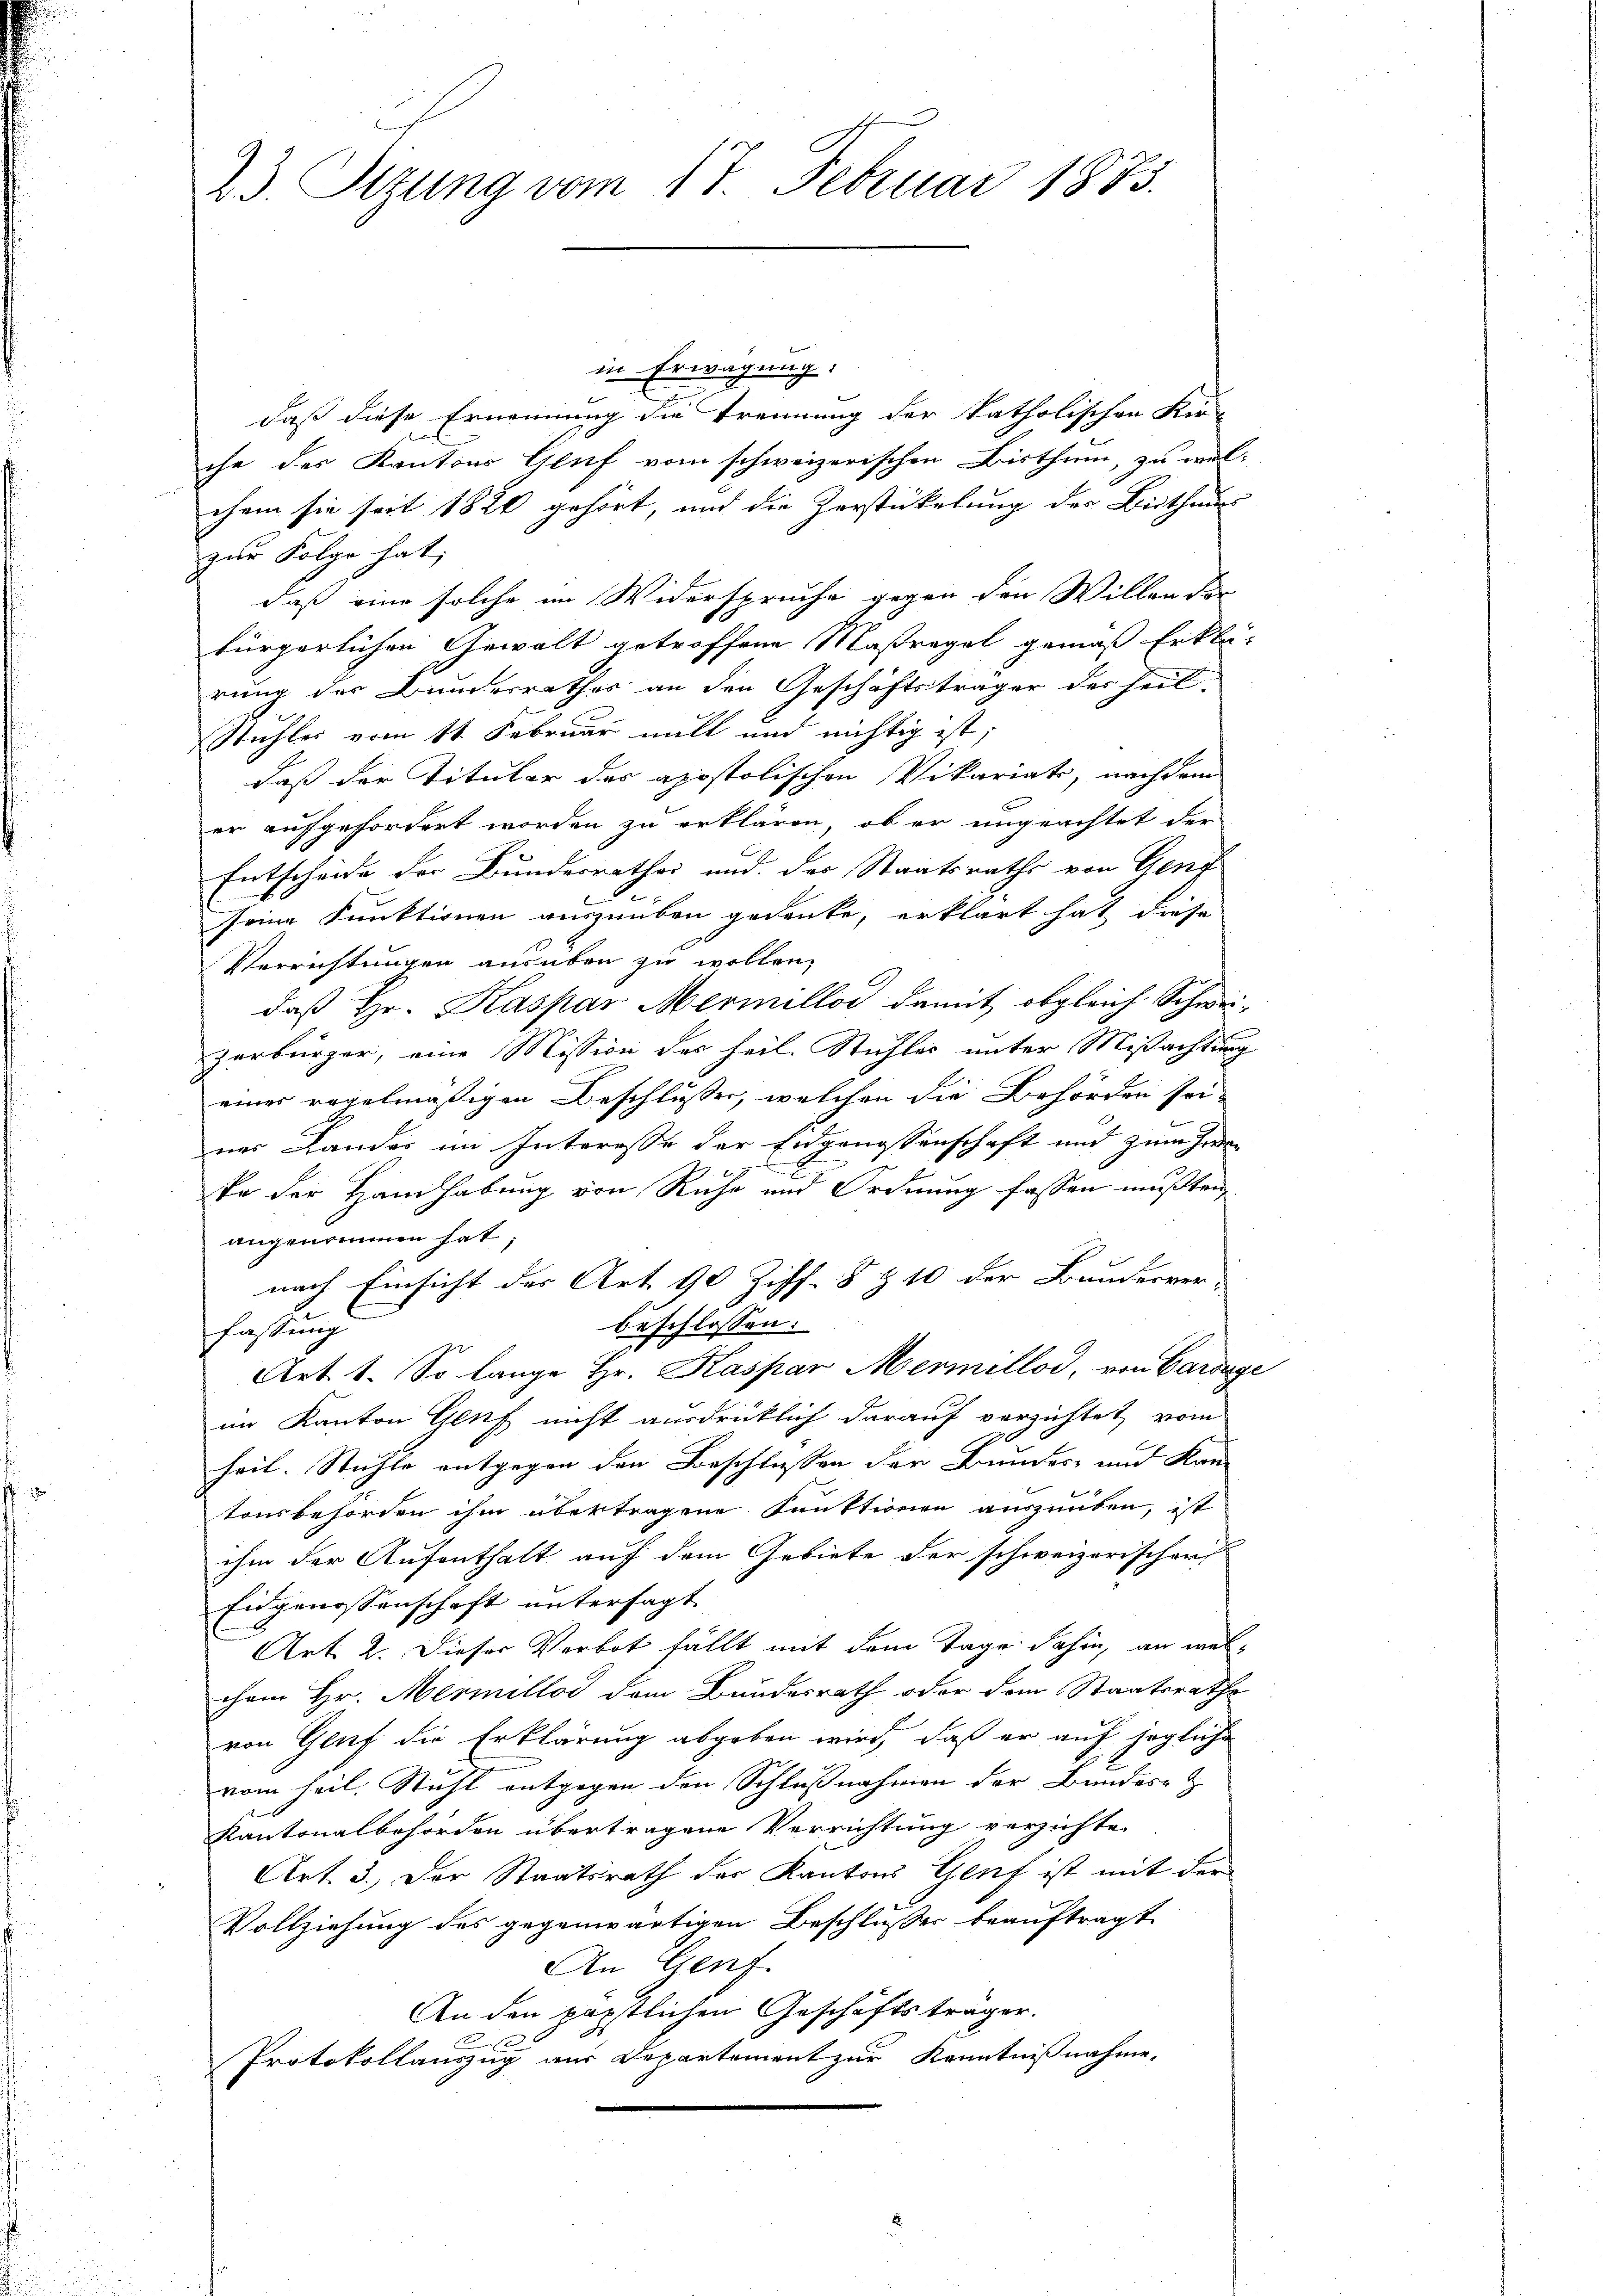
23 Sitzung vom 17. Februar 1873.

in Erwägung:
daß diese Ernennung die Trennung der katholischen Kin-
che des Kantons Gluf vom schweizerischen Bisthum, zu wel-
chem sie seit 1820 gehört, und die Zerstückelung der Beitheri
zur Folge hat,
daß eine solche im Widerspruche gegen den Willen der
bürgerlichen Gewalt getroffene Maßregel gemäß Erklärung der Bunderrathes an den Geschäftsträger des heil
Stuhler vom 11. Februar will und nichtig ist;
daß der Tituler des apostolischen Vikariats, nachdem
er aufgefordert worden zu erklären, ob er ungeachtet der
Entscheide der Bundesrathes und der Staatsraths von Genf
seine Funktionen auszuüben gedenke, erklärt hat diese
Verrichtungen ausüben zu wollen,
daß Hr. Kaspar Mermellos damit obgleich Schwei-
zerbürger, eine Mission des heil. Stuhles unter Mißachtung
einer regelmäßigen Beschlusses, welchen die Behörden sei-
ner Lander im Interesse der Eidgenossenschaft und zieher
.
d
te der Handhabung von Ruhe und Ordnung fassen mußten,
angenommen hat;
nach Einsicht der Art. 90 Ziff. 8 & 10 der Bundesver-
beschlossen:
fastung
Art. 1. So lange Hr. Kaspar Mermillod, von Carige
im Kanton Genf nicht ausdrücklich darauf verzichtet, vom
heil. Stuhle entgegen den Beschlussen der Bundes- und Kan
tonsbehörden ihm übertragene Funktionen auszuüben, ist
ihm der Aufenthalt auf dem Gebiete der schweizerischen
Eidgenossenschaft untersagt.
Art. 2. Dieser Verbot fällt mit dem Tage dahin, an welchem Hr. Mermillos dem Bundesrath oder dem Staatsrathe
von Gluf die Erklärung abgeben wird, daß er auf jegliche
vom heil. Stuhl entgegen den Schlußnahmen der Bundere
Kantonalbehörden übertragene Verrichtung verzichte
Art. 3. Der Staatsrath der Kantons Genf ist mit der
Vollziehung des gegenwärtigen Beschlusser beauftragt
An Genf.
An den päpstlichen Geschäftsträger.
2
Protokollauszug aus Departement zur Kenntnißnahme.